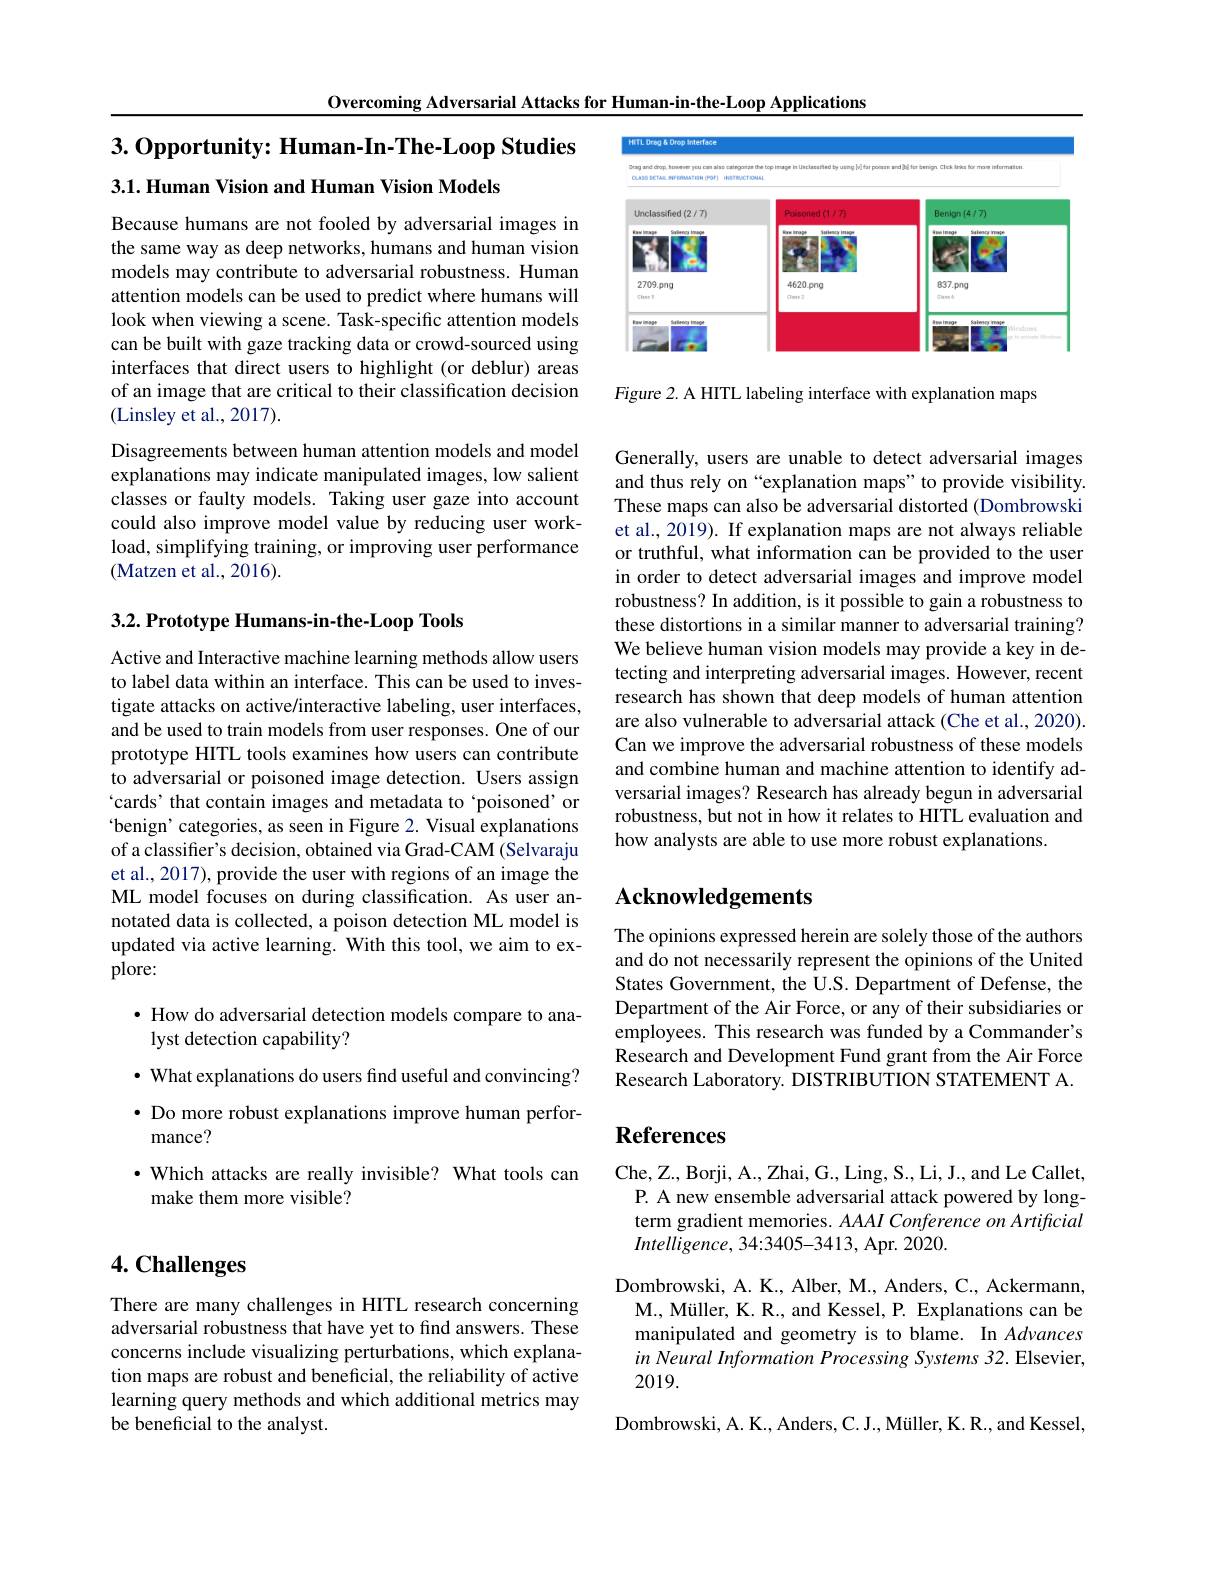
Overcoming Adversarial Attacks for Human-in-the-Loop Applications

# 3.0pportunity: Human-In-The-Loop Studies 3.1. Human Vision and Human Vision Models

Because humans are not fooled by adversarial images in the same way as deep networks, humans and human vision models may contribute to adversarial robustness. Human attention models can be used to predict where humans will look when viewing a scene. Task-specific attention models can be built with gaze tracking data or crowd-sourced using interfaces that direct users to highlight (or deblur) areas of an image that are critical to their classification decision (Linsley et al., 2017).
Disagreements between human attention models and model explanations may indicate manipulated images, low salient classes or faulty models. Taking user gaze into account could also improve model value by reducing user workload, simplifying training, or improving user performance (Matzen et al., 2016).

## $3. 2. \textbf{Prototype Humans- in- the- Loop Tools}$

Active and Interactive machine learning methods allow users to label data within an interface. This can be used to investigate attacks on active/interactive labeling, user interfaces, and be used to train models from user responses. One of our prototype HITL tools examines how users can contribute to adversarial or poisoned image detection. Users assign `cards' that contain images and metadata to‘poisoned’ or benign' categories, as seen in Figure 2. Visual explanations of a classifier's decision, obtained via Grad-CAM (Selvaraju et al., 2017), provide the user with regions of an image the ML model focuses on during classification. As user annotated data is collected, a poison detection ML model is updated via active learning. With this tool, we aim to explore:

· How do adversarial detection models compare to ana-
lyst detection capability?
$\cdot$ What explanations do users find useful and convincing? $\bullet$ Do more robust explanations improve human performance?
$\cdot$ Which attacks are really invisible? What tools can
make them more visible?

# $4. \textbf{Challenges}$

There are many challenges in HITL research concerning adversarial robustness that have yet to find answers. These concerns include visualizing perturbations, which explanation maps are robust and beneficial, the reliability of active learning query methods and which additional metrics may be beneficial to the analyst.

<FigureHere>

Figure 2. A HITL labeling interface with explanation maps

Generally, users are unable to detect adversarial images and thus rely on “explanation maps”to provide visibility These maps can also be adversarial distorted (Dombrowski et al., 2019). If explanation maps are not always reliable or truthful, what information can be provided to the user in order to detect adversarial images and improve model robustness? In addition, is it possible to gain a robustness to these distortions in a similar manner to adversarial training? We believe human vision models may provide a key in detecting and interpreting adversarial images. However, recent research has shown that deep models of human attention are also vulnerable to adversarial attack (Che et al., 2020) Can we improve the adversarial robustness of these models and combine human and machine attention to identify adversarial images? Research has already begun in adversarial robustness, but not in how it relates to HITL evaluation and how analysts are able to use more robust explanations.

## $\mathbf{Acknowledgements}$

The opinions expressed herein are solely those of the authors and do not necessarily represent the opinions of the United States Government, the U.S. Department of Defense, the Department of the Air Force, or any of their subsidiaries or employees. This research was funded by a Commander's Research and Development Fund grant from the Air Force Research Laboratory. DISTRIBUTION STATEMENT A.

# References

Che, Z., Borji, A., Zhai, G., Ling, S., Li, J., and Le Callet, P. A new ensemble adversarial attack powered by longterm gradient memories. $AAAI\textit{Conference on Artificial}$ $Intelligence,34:3405-3413$,Apr. 2020.

Dombrowski, A. K., Alber, M., Anders, C., Ackermann,
M. , Muller, K. R. , and Kessel, P. Explanations can be manipulated and geometry is to blame. In Advances in Neural Information Processing Systems 32. Elsevier, 2019.
Dombrowski,  A.  K. ,  Anders,  C.  J. ,  Miller,  K.  R. ,  and Kessel,